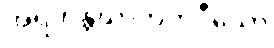
အရဟန္တဃာတကဝီသော